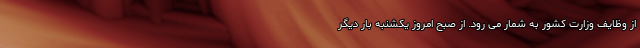
از وظایف وزارت کشور به شمار می رود. از صبح امروز یکشنبه بار دیگر